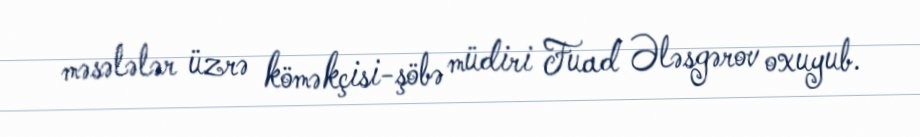
məsələlər üzrə köməkçisi-şöbə müdiri Fuad Ələsgərov oxuyub.